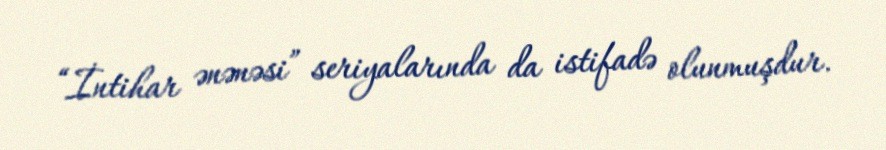
“İntihar ənənəsi” seriyalarında da istifadə olunmuşdur.